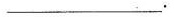
__________。